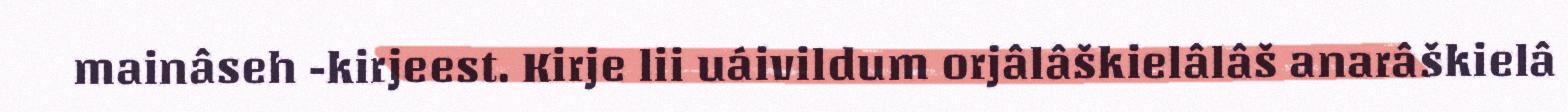
mainâseh -kirjeest. Kirje lii uáivildum orjâlâškielâlâš anarâškielâ